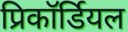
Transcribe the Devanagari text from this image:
प्रिकॉर्डियल